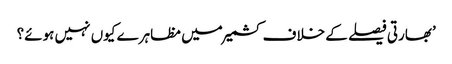
’بھارتی فیصلے کے خلاف کشمیر میں مظاہرے کیوں نہیں ہوئے؟